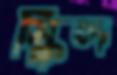
স্কিল